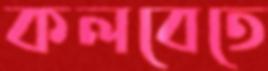
কলবেতে